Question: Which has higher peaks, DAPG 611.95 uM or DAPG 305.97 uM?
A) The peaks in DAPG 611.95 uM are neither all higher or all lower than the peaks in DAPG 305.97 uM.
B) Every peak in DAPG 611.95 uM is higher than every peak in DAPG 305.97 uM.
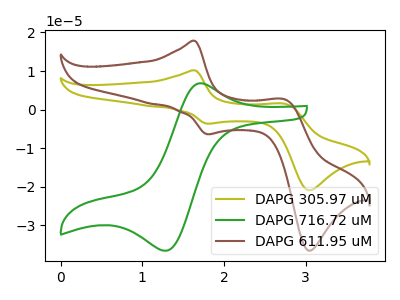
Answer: <think>The olive curve "DAPG 305.97 uM" has anodic peaks at (1.65V, 10.20uA) (2.75V, 1.50uA) and cathodic peaks at (1.80V, -3.65uA) (3.05V, -20.90uA). The green curve "DAPG 716.72 uM" has an anodic peak at (1.75V, 6.75uA) and a cathodic peak at (1.30V, -36.60uA). The brown curve "DAPG 611.95 uM" has anodic peaks at (1.65V, 17.85uA) (2.75V, 2.65uA) and cathodic peaks at (1.80V, -6.40uA) (3.05V, -36.55uA).</think>
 <answer>B) Every peak in "DAPG 611.95 uM" is higher than every peak in "DAPG 305.97 uM".</answer>
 <eval>B</eval>